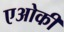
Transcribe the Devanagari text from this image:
एओकी